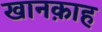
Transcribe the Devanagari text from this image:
खानक़ाह